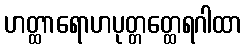
ဟတ္ထာရောဟပုတ္တတ္ထေရဂါထာ